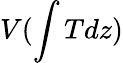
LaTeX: V(\int Tdz)